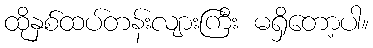
ထိုနှစ်ထပ်တန်းလျားကြီး မရှိတော့ပါ။